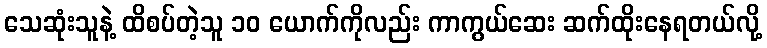
သေဆုံးသူနဲ့ ထိစပ်တဲ့သူ ၁၀ ယောက်ကိုလည်း ကာကွယ်ဆေး ဆက်ထိုးနေရတယ်လို့